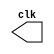
/* clock */
`timescale 1s/1ms
module clock(output clk);
    reg theClock = 1;
    reg [15:0] counter = 0;

    assign clk = theClock;
    
    always begin
        #5000;
        theClock = !theClock;
        counter = counter + 1;
        if(counter > 1000) begin
        	//$finish;
        end

    end
endmodule